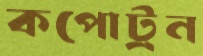
কপোট্রন